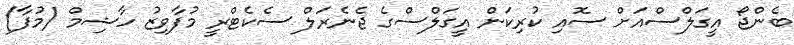
ބެންޖޯ އީގަލްސްއަށް ސޮއި ކުރިކަން އީގަލްސްގެ ޖެނެރަލް ސެކެޓްރީ މުފާވިޒު ހާޝިމް (މުފާ)